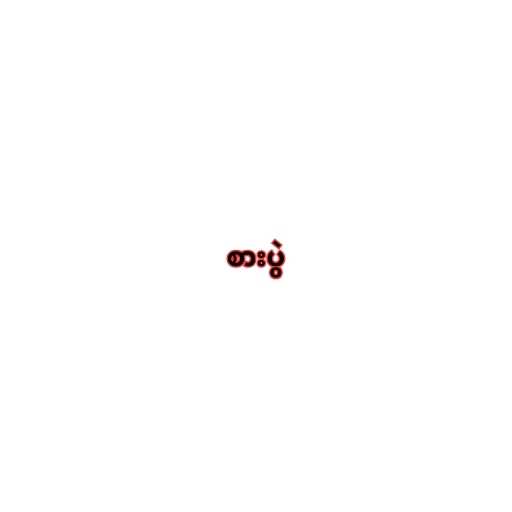
စားပွဲ